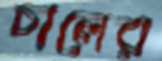
চালের